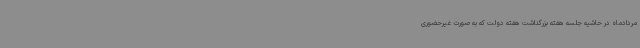
مردادماه در حاشیه جلسه هفته بزرگداشت هفته دولت که به صورت غیرحضوری